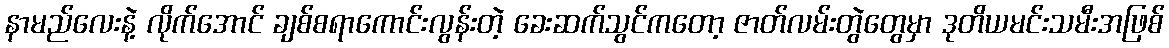
နာမည်လေးနဲ့ လိုက်အောင် ချစ်စရာကောင်းလွန်းတဲ့ ခေးဆက်သွင်ကတော့ ဇာတ်လမ်းတွဲတွေမှာ ဒုတိယမင်းသမီးအဖြစ်